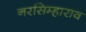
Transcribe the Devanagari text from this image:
नरसिम्हाराव